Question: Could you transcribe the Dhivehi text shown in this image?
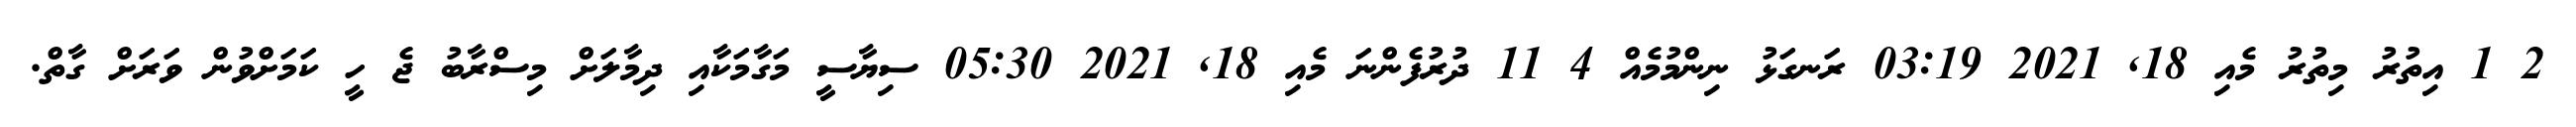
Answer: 2 1 އިތުރު މިތުރު މެއި 18, 2021 03:19 ރަނގަޅު ނިންމުމެއް 4 11 ދުރުފެންނަ މެއި 18, 2021 05:30 ސިޔާސީ މަގާމަކާއި ދިމާލަށް މިސްރާބު ޖެ ހީ ކަމަށްވުން ވަރަށް ގާތް.